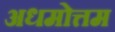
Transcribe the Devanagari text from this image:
अधमोत्तम